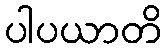
ပါပယာတိ